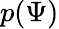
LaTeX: p(\Psi)